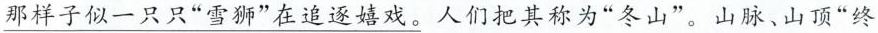
\underline{那样子似一只只”雪狮”在追逐嬉戏。}人们把其称为”冬山”。山脉、山顶”终